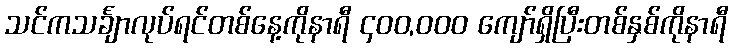
သင်ကသင်္ချာလုပ်ရင်တစ်နေ့ကိုနာရီ ၄၀၀,၀၀၀ ကျော်ရှိပြီးတစ်နှစ်ကိုနာရီ